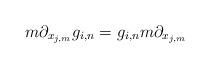
LaTeX: \begin{align*} m\partial_{x_{j,m}}g_{i,n}=g_{i,n} m\partial_{x_{j,m}}\\\end{align*}